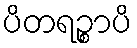
ပိတရဉ္စာပိ